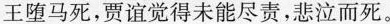
王堕马死，贾谊觉得未能尽责，悲泣而死。